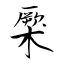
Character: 橜